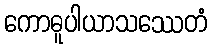
ကောဓူပါယာသဿေတံ